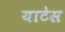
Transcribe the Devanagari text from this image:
याटेस